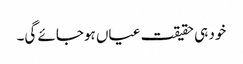
خود ہی حقیقت عیاں ہوجائے گی۔